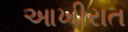
આખીરાત